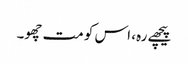
پیچھے رہ، اس کو مت چھو۔